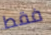
فقط